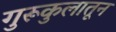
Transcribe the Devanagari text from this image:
गुरूकुलातून